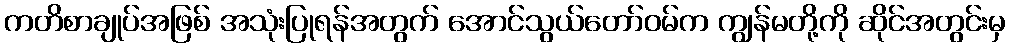
ကတိစာချုပ်အဖြစ် အသုံးပြုရန်အတွက် အောင်သွယ်တော်ဝမ်က ကျွန်မတို့ကို ဆိုင်အတွင်းမှ